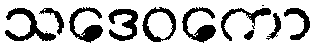
သဒေဝကော